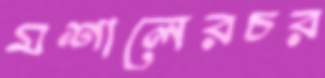
মশালেরচর